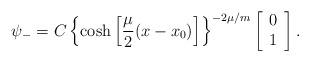
LaTeX: \begin{align*}\psi_{-}=C\left\{\cosh\left[\frac{\mu}{2}(x-x_{0})\right]\right\}^{-2\mu/m}\left[\begin{array}{c}0 \\1\end{array}\right].\end{align*}